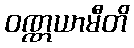
ဝဏ္ဏယာမီတိ